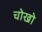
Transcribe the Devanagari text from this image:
चोखो